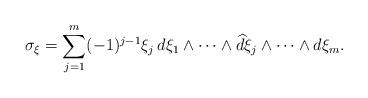
LaTeX: \begin{align*}\sigma_\xi = \sum_{j=1}^m (-1)^{j-1} \xi_j \, d\xi_1\wedge \cdots \wedge {\widehat d \xi_j} \wedge \cdots \wedge d \xi_m.\end{align*}